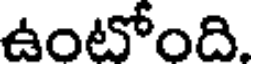
ఉంటోంది.